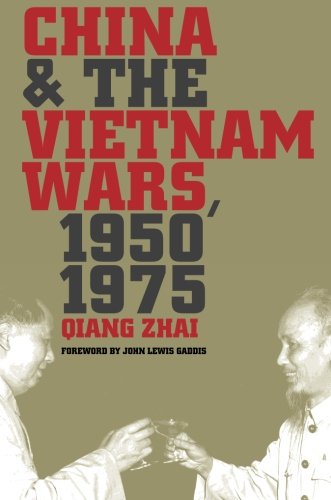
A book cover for China and the Vietnam Wars, 1950-1975 (The New Cold War History); Qiang Zhai; History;